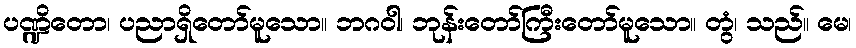
ပဏ္ဍိတော၊ ပညာရှိတော်မူသော။ ဘဂဝါ၊ ဘုန်းတော်ကြီးတော်မူသော။ တွံ၊ သည်။ မေ၊